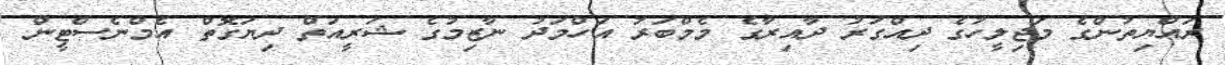
ރައްޔިތުންގެ މަޖިލީހުގެ ދިއްގަރު ދާއިރާގެ މެމްބަރު އަހްމަދު ނާޒިމުގެ ޝަރީއަތް ދިޔަގޮތް އެމްނެސްޓީން